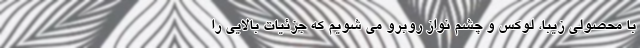
با محصولی زیبا، لوکس و چشم نواز روبرو می شویم که جزئیات بالایی را